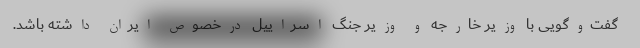
گفت‌وگویی با وزیر خارجه و وزیر جنگ اسراییل درخصوص ایران داشته باشد.